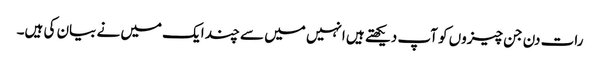
رات دن جن چیزوں کو آپ دیکھتے ہیں انہیں میں سے چند ایک میں نے بیان کی ہیں۔